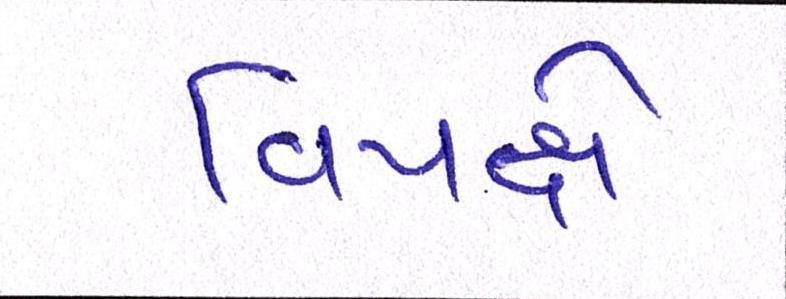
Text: વિપક્ષે